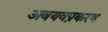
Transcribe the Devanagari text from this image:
अवयवप्रकरण